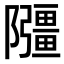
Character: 𫕘